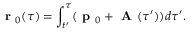
\textbf { r } _ { 0 } ( \tau ) = \displaystyle \int _ { t ^ { \prime } } ^ { \tau } ( \textbf { p } _ { 0 } + \textbf { A } ( \tau ^ { \prime } ) ) d \tau ^ { \prime } .